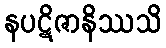
နပဋိဇာနိဿသိ